Bulletin of the Pasteur Institute of Southern India, Coonoor - No. 3.
Year: 1910
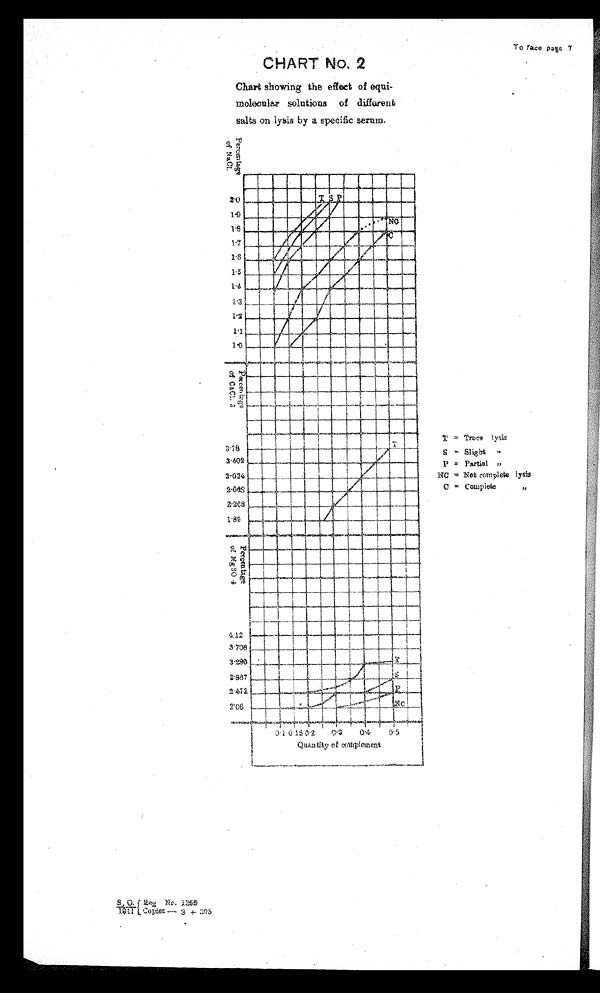
To face pate 7
CHART No. 2
Chart showing the effect of
e q u i - m o l e c u l a r s o l u t i o n s o f d i f f e r e n t
s a l
t
s o n l y s i s b y a s p e c i f i c s e r u m .